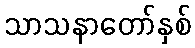
သာသနာတော်နှစ်